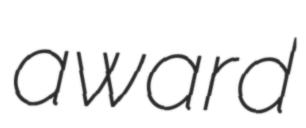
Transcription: award